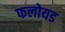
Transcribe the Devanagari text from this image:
फलोयड